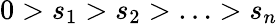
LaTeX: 0>s_{1}>s_{2}>\ldots>s_{n}